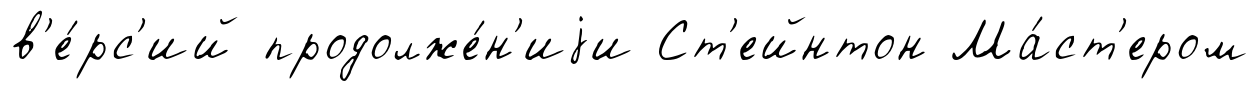
в'е́рс'ий продолже́н'иjи Ст'ейнтон Ма́ст'ером